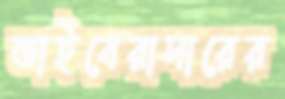
ভাইবেরাদারের